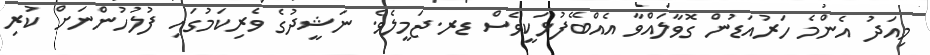
މިއަދު އެންމެ ހަރުއަޑުން ގޮވާލައްވާ އެއްބޭފުޅަކީވެސް ޑރ.ޖަމީލެވެ. ނަޝީދުގެ ވެރިކަމުގައި ފުލުހުންނަށް ކުރި